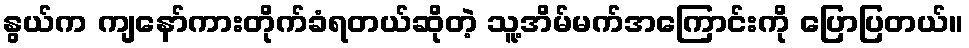
နွယ်က ကျနော်ကားတိုက်ခံရတယ်ဆိုတဲ့ သူ့အိမ်မက်အကြောင်းကို ပြောပြတယ်။